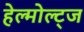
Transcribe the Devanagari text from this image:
हेल्मोल्ट्ज